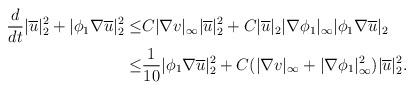
LaTeX: \begin{align*}\frac{d}{dt} |\overline{u}|^2_2 +|\phi_1 \nabla \overline{u}|^2_2\leq& C|\nabla v|_\infty |\overline{u}|^2_2+C|\overline{u}|_2 |\nabla \phi_1|_\infty |\phi_1 \nabla \overline{u}|_2\\\leq & \frac{1}{10}|\phi_1 \nabla \overline{u}|^2_2+C(|\nabla v|_\infty +|\nabla \phi_1|^2_\infty)|\overline{u}|^2_2.\end{align*}